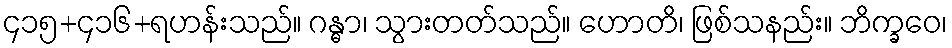
၄၁၅+၄၁၆+ရဟန်းသည်။ ဂန္ဓာ၊ သွားတတ်သည်။ ဟောတိ၊ ဖြစ်သနည်း။ ဘိက္ခဝေ၊